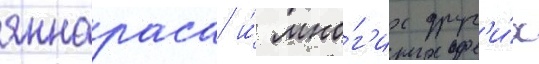
яннараса и́ мно́г'их друг'и́х